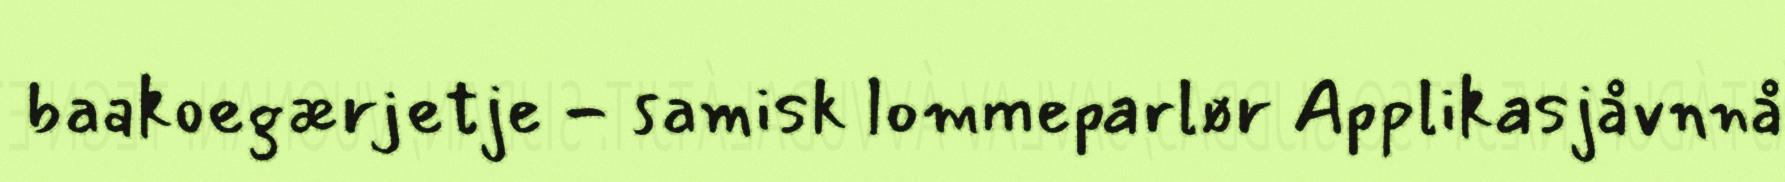
baakoegærjetje - samisk lommeparlør Applikasjåvnnå